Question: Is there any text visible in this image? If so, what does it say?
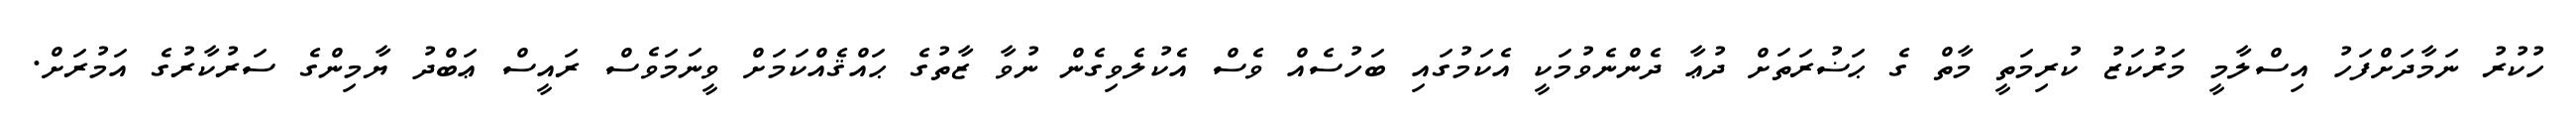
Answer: ހުކުރު ނަމާދަށްފަހު އިސްލާމީ މަރުކަޒު ކުރިމަތީ މާތް ގެ ޙަޟުރަތަށް ދުޢާ ދެންނެވުމަކީ އެކަމުގައި ބަހުސެއް ވެސް އެކުލެވިގެން ނުވާ ޒާތުގެ ޙައްޤެއްކަމަށް ވީނަމަވެސް ރައީސް ޢަބްދު ޔާމިންގެ ސަރުކާރުގެ އަމުރަށް.